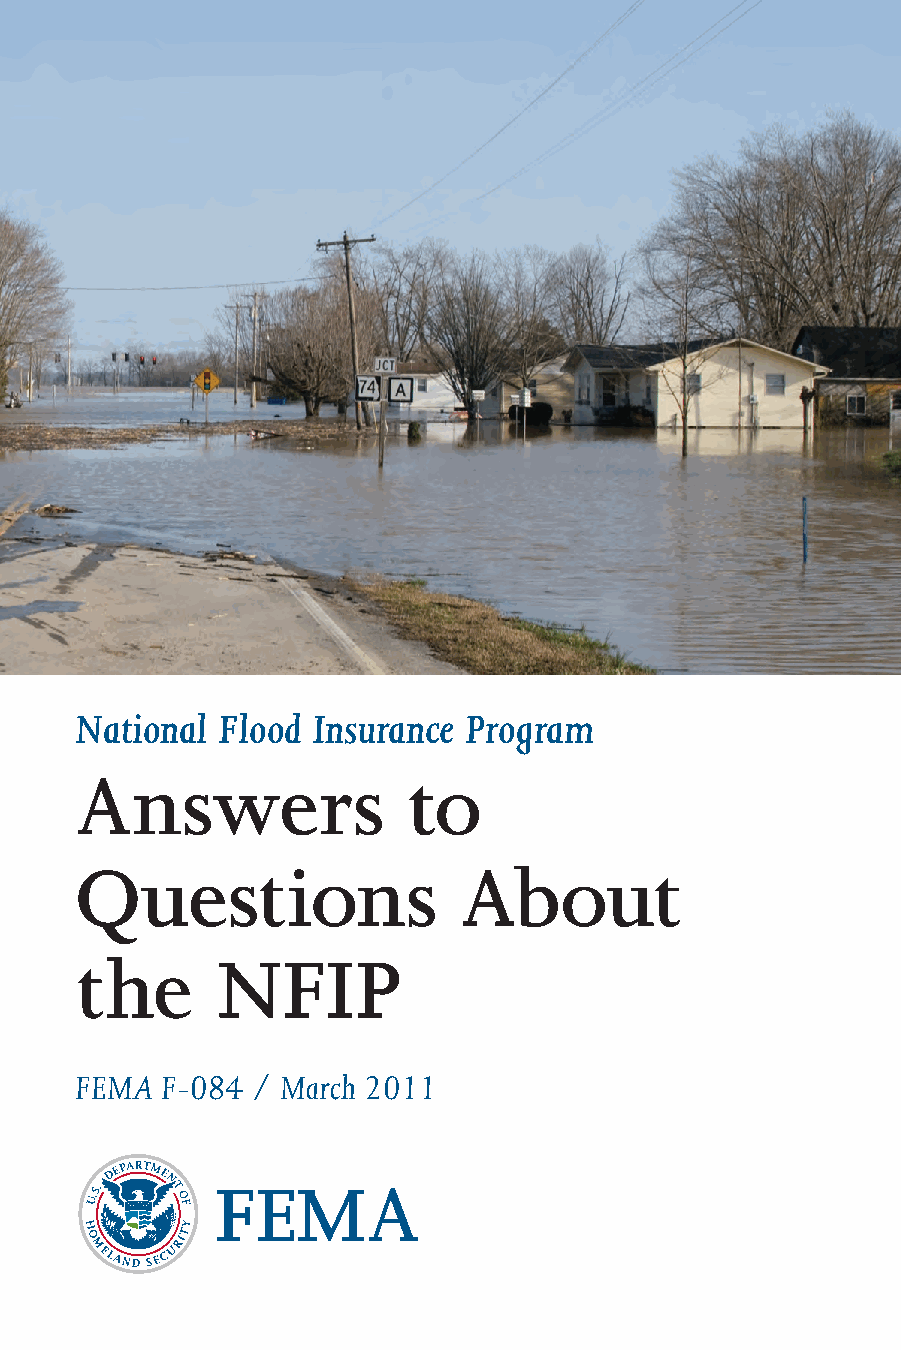
National Flood  Insurance Program
 Answers               to
 Questions                About
 the      NFIP
 FEMA  F-084 / March 2011